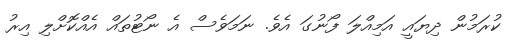
ކުރަމުން ދިޔައީ އަމިއްލަ ފޯނުގަ އެވެ. ނަމަވެސް އެ ނޯޓުތައް އެއްކޮށްލި އިރު